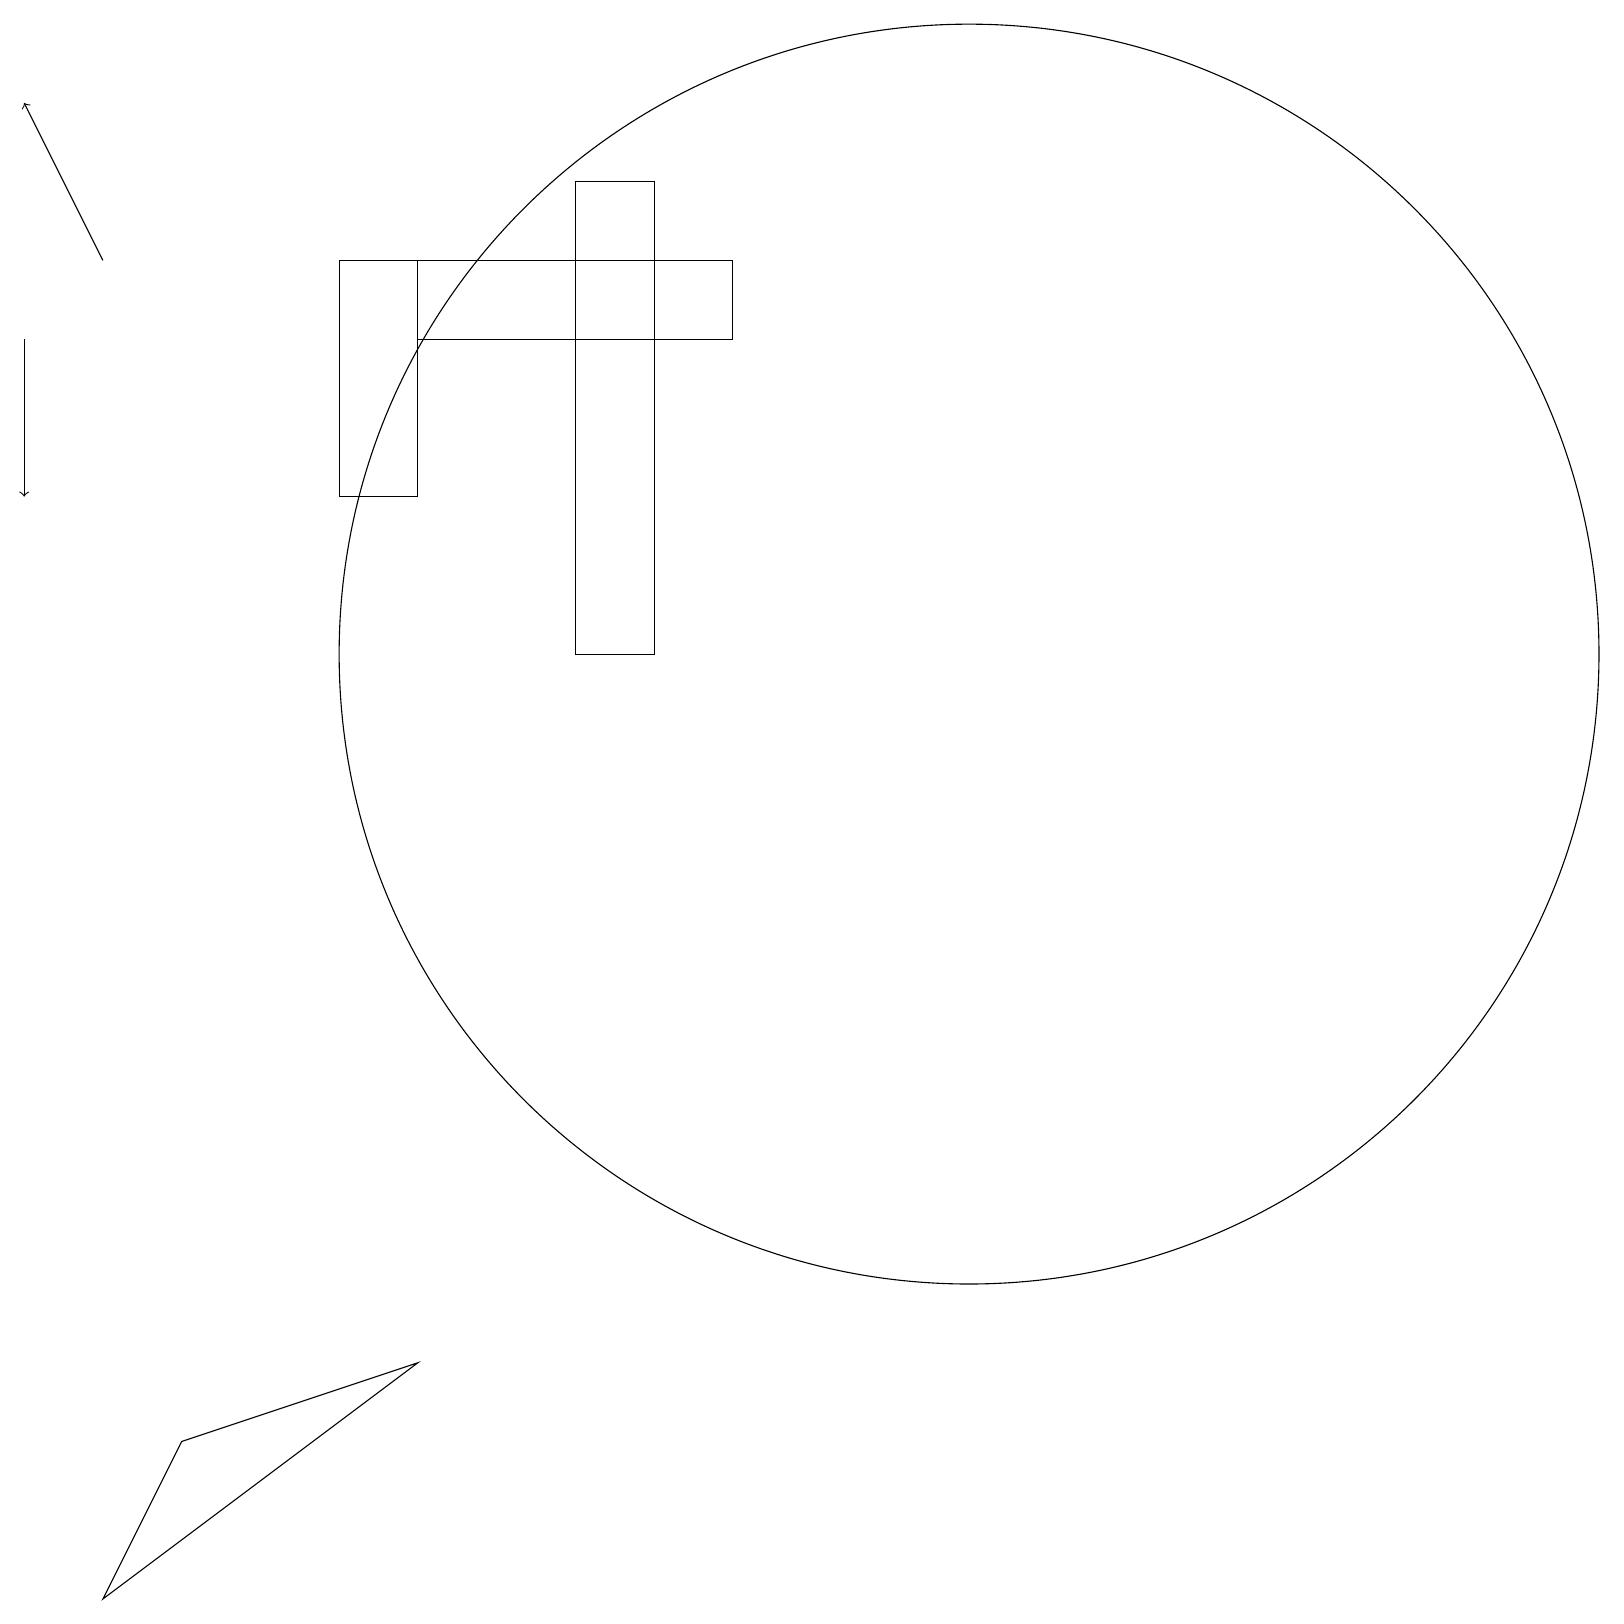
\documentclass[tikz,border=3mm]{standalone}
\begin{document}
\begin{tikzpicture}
\draw[->] (1,17) -- (0,19);
\draw (12,12) circle (8);
\draw (5,14) rectangle (4,17);
\draw (9,17) rectangle (5,16);
\draw (2,2) -- (1,0) -- (5,3) -- cycle;
\draw (8,12) rectangle (7,18);
\draw[->] (0,16) -- (0,14);
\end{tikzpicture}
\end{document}